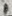
Text: 1